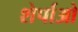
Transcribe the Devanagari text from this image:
शेर्पाओ